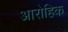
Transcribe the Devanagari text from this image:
आरोहिक